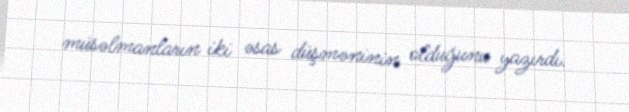
müsəlmanların iki əsas düşməninin olduğunu yazırdı.